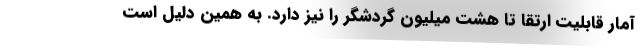
آمار قابلیت ارتقا تا هشت میلیون گردشگر را نیز دارد. به همین دلیل است